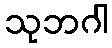
သုဘဂါ